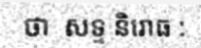
ថា  សទ្ទ និរោធ :